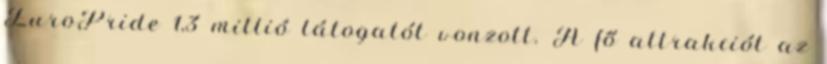
EuroPride 1,3 millió látogatót vonzott. A fő attrakciót az